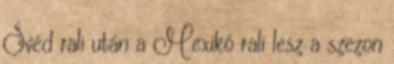
Svéd rali után a Mexikó rali lesz a szezon